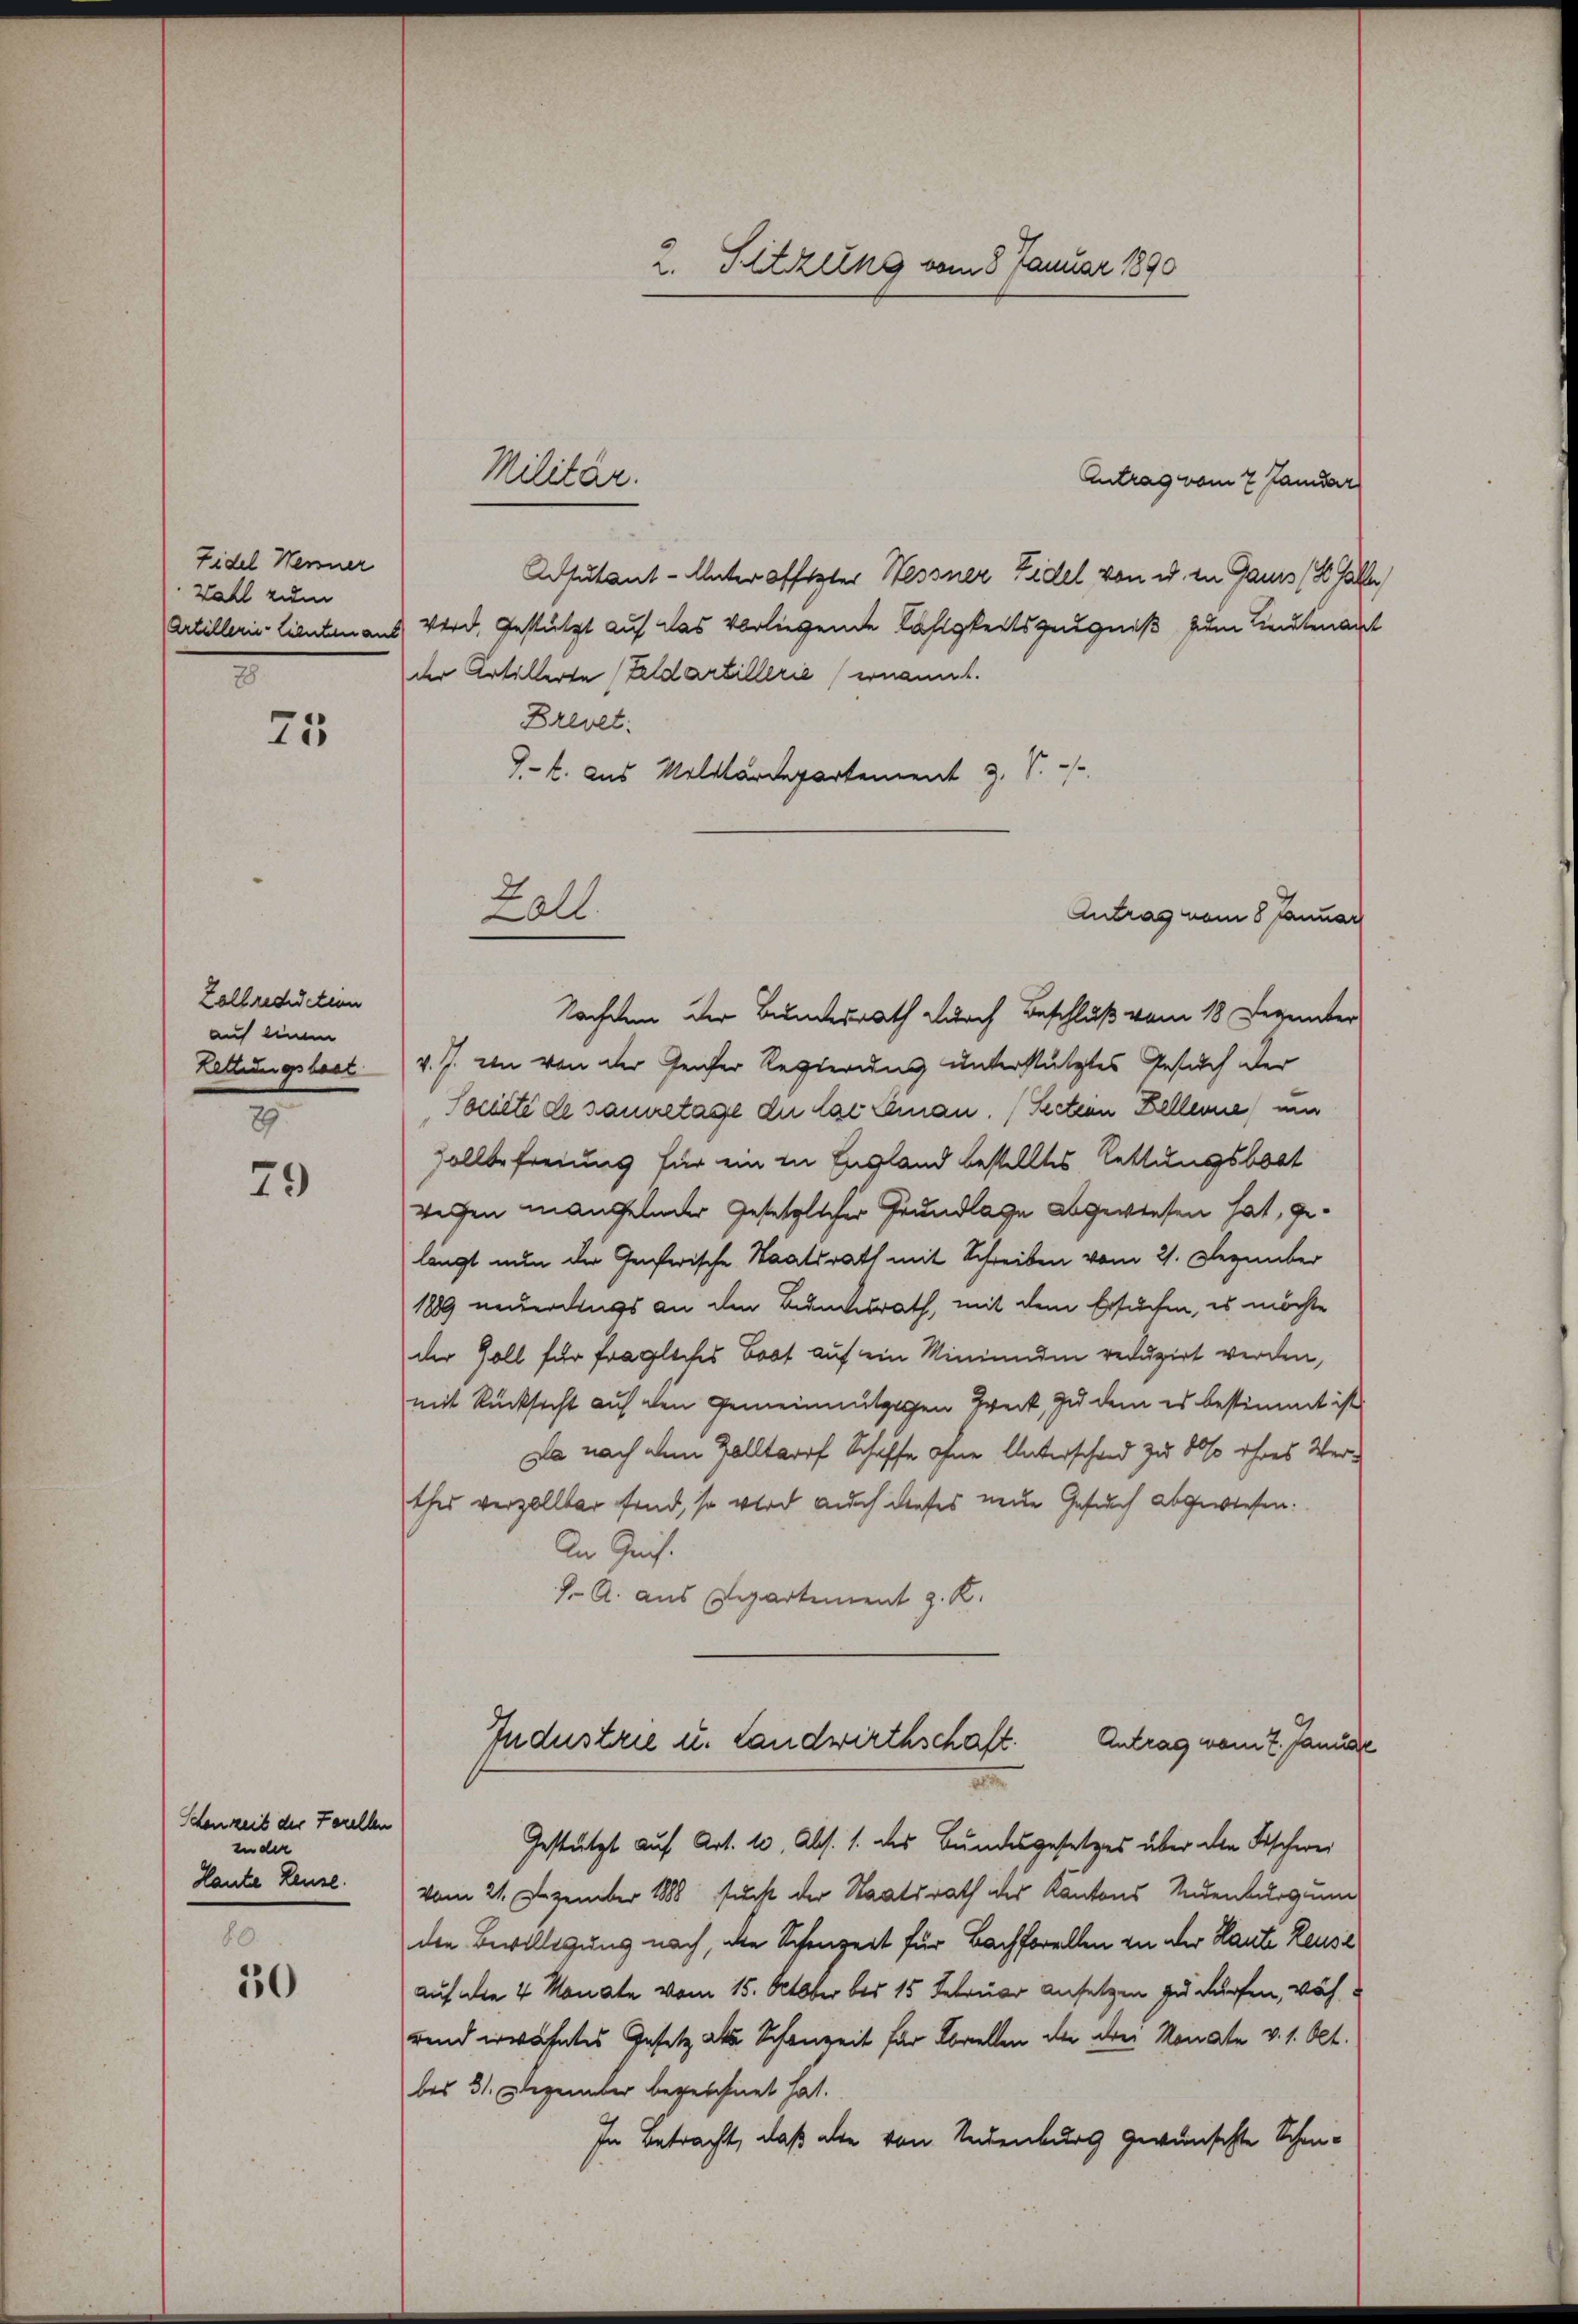
Fidel Henner
Wahl zum
Artillerie-Lieutenant

3
25

Lallrediction
auf einem
Letterungsbest

2
79

Schenzeit der Forellen
in der
Hante Reuse.

80.
30

Antrag vom 7 Janidar
Adsutant-Unteroffester Hessner Fidel von u. in Gauis (S. Galle
wird, Gestützt auf das vorliegende Lähigkeitszeugniß zum Leutenant
der Artillerte (Feldartillerie ernannt.
Brevet:
J. k. aus Militärdepartement 3, S.
Nachdem der Bundesrath durch Beschluß vom 18. Dezember
v. J. in von der Genfer Regierung unterstütztes Gesuch der
Soneté de sanitage die lae Can. (Section Zellerne mi
sollbefreiung für ein in England bestelltes Rettungsbott
wegen mangelnder Gesetzlicher Grundlage abgewiesen hat, gelängt nun die Genferische Staatsrath mit Schreiben vom 21. Dezember
1889 neuerdings an den Bundesrath, mit dem Ersuchen, es möchte
der Goll für fragliches Boot auf ein Minienden reduzirt werden,
mit Rücksicht auf den Gemeinnützigen Zweck, zu dem es bestimmt ist
da nach dem Zolltorf Schaffe ohne Unterschad zu 80% ihres Verthes verzollter find, so wird auch dieses neue Gesuch abgewiesen.
An Gerich.
J. A. aus Separtement z. K.
Industrie u. Landwirthschaft.
Antrag vom 7. Januar
Gestützt auf Art. 10. Abs. 1. des Bundesgesetzes über die Fischwei
vom 21. Dezember 1888 sucht der Staatsrath des Kantons Andenburg um
den Bewilligung nach, die Schenzeit für Bachforellen in der Kaute Reuse
auf die 4 Monate vom 15. October bei 15 Februar Ansetzen zu dürfen, während erwähntes Gesetz als Schanzeit für Borellen der aber Monate v. 1. Okt.
bes 31. Dezember bezeichnet hat.
In betracht, daß alle von Andenburg gewünschte Schen¬

Militär.

Zall.

2. Sitzung vom 8. Januar 1890

Antrag vom 8 Januar